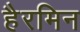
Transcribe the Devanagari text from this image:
हैरमिन